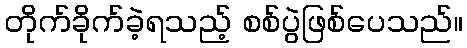
တိုက်ခိုက်ခဲ့ရသည့် စစ်ပွဲဖြစ်ပေသည်။